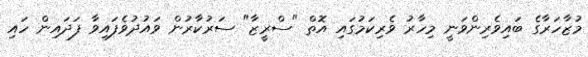
މުޒާހަރާގެ ބައިވެރިންވަނީ މިހާރު ވެރިކަމުގައި އޮތް "ސްރީޒާ" ސަރުކާރުން ވައުދުވެފައިވާ ފަދައިން ހައި